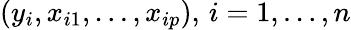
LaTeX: (y_{i},x_{i1},\ldots,x_{ip}),\, i=1,\ldots,n